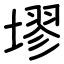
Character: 𪤗